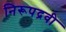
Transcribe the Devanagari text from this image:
निरूपद्रवी